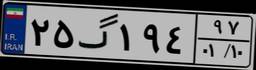
۵۷گ۸۸۸۵۸